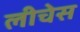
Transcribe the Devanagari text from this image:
लीचेस